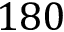
1 8 0